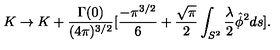
K \rightarrow K + \frac { \Gamma ( 0 ) } { ( 4 \pi ) ^ { 3 / 2 } } [ \frac { - \pi ^ { 3 / 2 } } { 6 } + \frac { \sqrt { \pi } } { 2 } \int _ { S ^ { 2 } } \frac { \lambda } { 2 } \hat { \phi } ^ { 2 } d s ] .